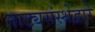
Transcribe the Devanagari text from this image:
नाट्यसंस्थेद्वारे